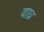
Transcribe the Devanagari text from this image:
वाघ्र